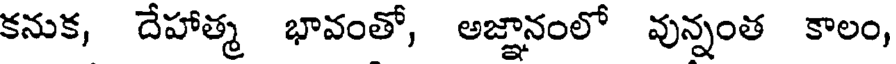
కనుక, దేహాత్మ భావంతో, అజ్ఞానంలో వున్నంత కాలం,